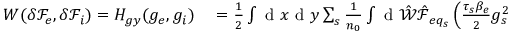
\begin{array} { r l } { W ( \delta { \mathcal F } _ { e } , \delta { \mathcal F } _ { i } ) = H _ { g y } ( g _ { e } , g _ { i } ) } & { { } = \frac { 1 } { 2 } \int \mathrm { ~ d ~ } x \mathrm { ~ d ~ } y \sum _ { s } \frac { 1 } { n _ { 0 } } \int \mathrm { ~ d ~ } \hat { \mathcal { W } } \hat { \mathcal { F } } _ { { e q } _ { s } } \left( \frac { \tau _ { s } \beta _ { e } } { 2 } g _ { s } ^ { 2 } \right. } \end{array}